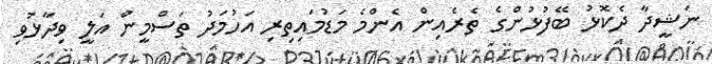
ނަޝީދާ ދެކޮޅު ބޭފުޅުންގެ ތެރެއިން އެންމެ މަޑުމައިތިރި އަހުމަދު ތަސްމީން އަލީ ވިދާޅުވި